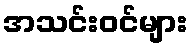
အသင်းဝင်များ